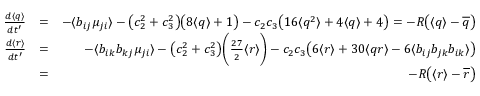
\begin{array} { r l r } { \frac { d \langle q \rangle } { d t ^ { \prime } } } & { = } & { - \langle b _ { i j } \mu _ { j i } \rangle - \big ( c _ { 2 } ^ { 2 } + c _ { 3 } ^ { 2 } \big ) \big ( 8 \langle q \rangle + 1 \big ) - c _ { 2 } c _ { 3 } \big ( 1 6 \langle q ^ { 2 } \rangle + 4 \langle q \rangle + 4 \big ) = - R \big ( \langle q \rangle - \overline { { q } } \big ) } \\ { \frac { d \langle r \rangle } { d t ^ { \prime } } } & { = } & { - \langle b _ { i k } b _ { k j } \mu _ { j i } \rangle - \big ( c _ { 2 } ^ { 2 } + c _ { 3 } ^ { 2 } \big ) \bigg ( \frac { 2 7 } { 2 } \langle r \rangle \bigg ) - c _ { 2 } c _ { 3 } \big ( 6 \langle r \rangle + 3 0 \langle q r \rangle - 6 \langle b _ { i j } b _ { j k } b _ { i k } \rangle \big ) } \\ & { = } & { - R \big ( \langle r \rangle - \overline { { r } } \big ) } \end{array}